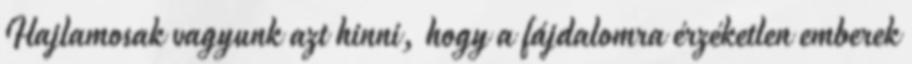
Hajlamosak vagyunk azt hinni, hogy a fájdalomra érzéketlen emberek